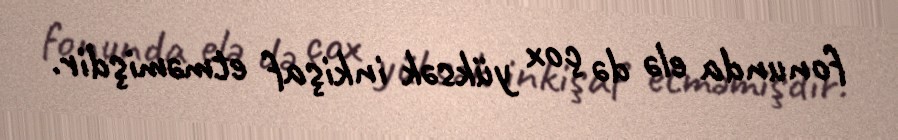
fonunda elə də çox yüksək inkişaf etməmişdir.